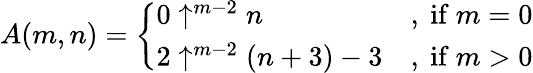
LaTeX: A(m,n)={\left\{ \begin{array}{ll}{0\uparrow^{m-2}n}&{{\mathrm{,~if~}}m=0}\\ {2\uparrow^{m-2}(n+3)-3}&{{\mathrm{,~if~}}m>0}\end{array}\right.}